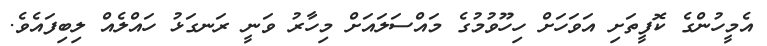
އެމީހުންގެ ކޮފީތަށި އަވަހަށް ހިހޫވުމުގެ މައްސަލައަށް މިހާރު ވަނީ ރަނގަޅު ހައްލެއް ލިބިފައެވެ.